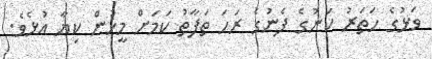
ވަޅުގެ ހަތަރު ކަނުގެ ފެނުގެ ރަހަ ތަފާތު ކަމަށް މީހުން ކިޔާ އުޅެވެ.